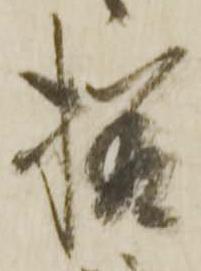
様